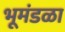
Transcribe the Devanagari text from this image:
भूमंडळा